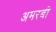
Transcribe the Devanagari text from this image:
अमरबी